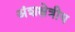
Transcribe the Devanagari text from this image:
अंशक्षेत्रीय